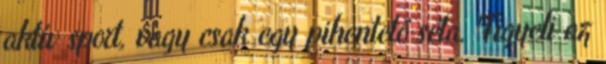
aktív sport, vagy csak egy pihentető séta. Figyeli az